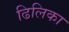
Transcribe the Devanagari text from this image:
ढिलिका